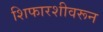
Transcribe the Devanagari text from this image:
शिफारशीवरून